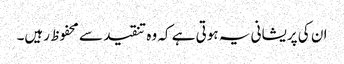
ان کی پریشانی یہ ہوتی ہے کہ وہ تنقید سے محفوظ رہیں۔